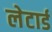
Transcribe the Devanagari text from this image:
लेटार्ड